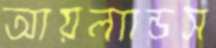
আয়ল্যান্ডস